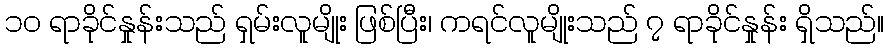
၁၀ ရာခိုင်နှုန်းသည် ရှမ်းလူမျိုး ဖြစ်ပြီး၊ ကရင်လူမျိုးသည် ၇ ရာခိုင်နှုန်း ရှိသည်။